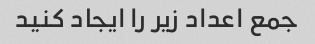
جمع اعداد زیر را ایجاد کنید